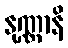
နုဏ္ဏာနိ